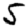
Digit: 5